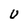
Character: v